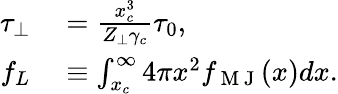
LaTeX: \begin{array}{rl}{\tau_{\perp}}&{{}=\frac{x_{c}^{3}}{Z_{\perp}\gamma_{c}}\tau_{0},}\\ {f_{L}}&{{}\equiv\int_{x_{c}}^{\infty}4\pi x^{2}f_{\mathrm{~M~J~}}(x)dx.}\end{array}